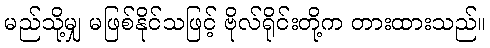
မည်သို့မျှ မဖြစ်နိုင်သဖြင့် ဗိုလ်ရိုင်းတို့က တားထားသည်။